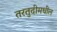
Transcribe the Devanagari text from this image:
तरतुदीमधील